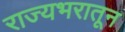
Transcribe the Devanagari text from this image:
राज्यभरातून